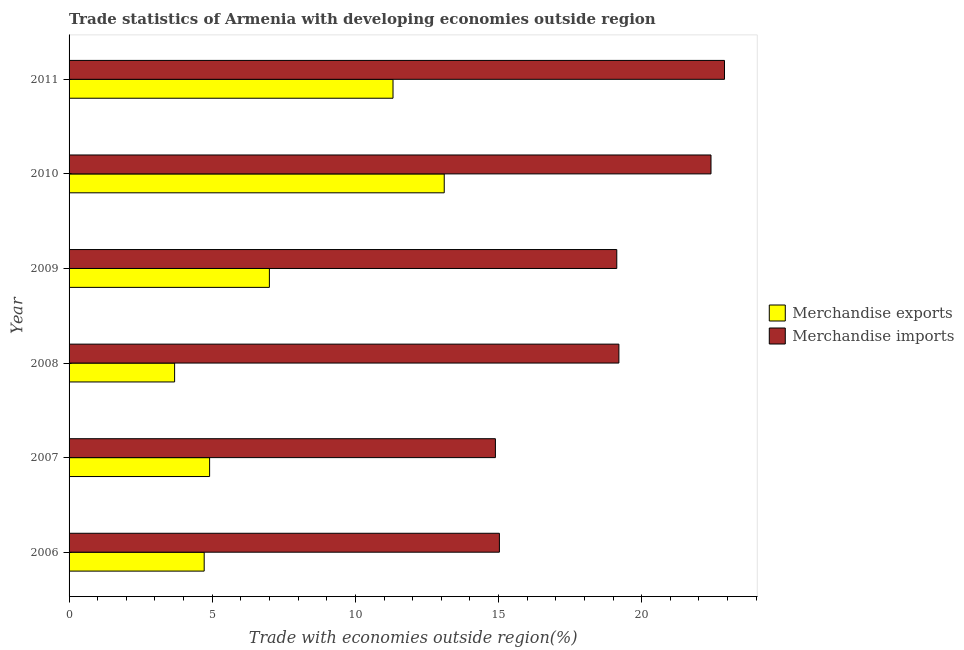
| Year | Merchandise exports | Merchandise imports |
 | --- | --- | --- |
 | 2006 | 4.72 | 15 |
 | 2007 | 4.91 | 14.9 |
 | 2008 | 3.69 | 19.2 |
 | 2009 | 7 | 19.1 |
 | 2010 | 13.1 | 22.4 |
 | 2011 | 11.3 | 22.9 |